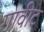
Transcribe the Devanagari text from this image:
गावीट